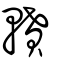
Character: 轒